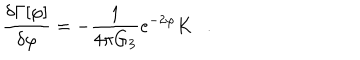
{ \frac { \delta \Gamma [ \varphi ] } { \delta \varphi } } = - { \frac { 1 } { 4 \pi G _ { 3 } } } e ^ { - 2 \varphi } K .